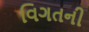
વિગતની